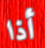
أذا